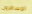
المسافرون